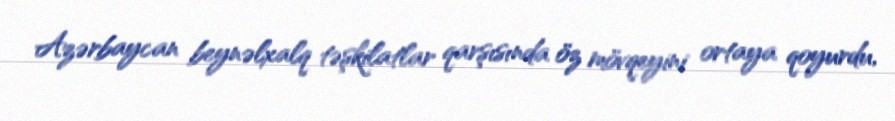
Azərbaycan beynəlxalq təşkilatlar qarşısında öz mövqeyini ortaya qoyurdu,